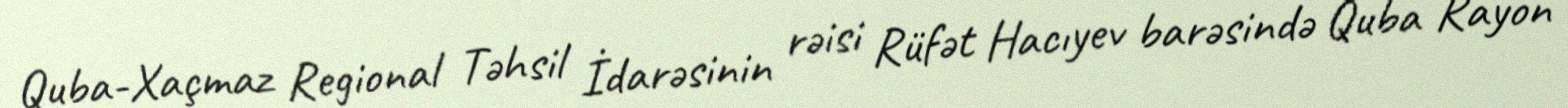
Quba-Xaçmaz Regional Təhsil İdarəsinin rəisi Rüfət Hacıyev barəsində Quba Rayon